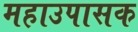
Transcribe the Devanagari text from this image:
महाउपासक